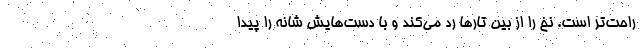
راحت‌تر است. نخ را از بین تارها رد می‌کند و با دست‌هایش شانه را پیدا